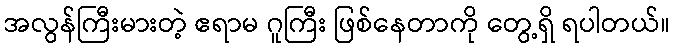
အလွန်ကြီးမားတဲ့ ဧရာမ ဂူကြီး ဖြစ်နေတာကို တွေ့ရှိ ရပါတယ်။